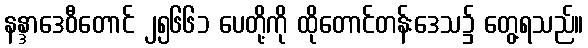
နန္ဒာဒေဝီတောင် ၂၅၆၆၁ ပေတို့ကို ထိုတောင်တန်းဒေသ၌ တွေ့ရသည်။